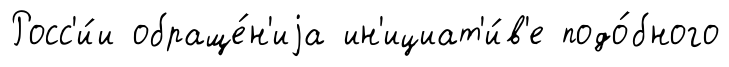
Росс'и́и обраще́н'иjа ин'ициат'и́в'е подо́бного